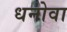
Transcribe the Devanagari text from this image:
धनोवा